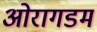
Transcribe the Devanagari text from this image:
ओरागडम